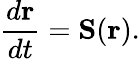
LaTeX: \frac{d\mathbf{r}}{dt}=\mathbf{S}(\mathbf{r}).